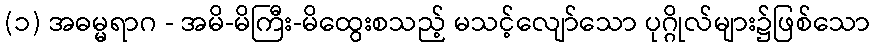
(၁) အဓမ္မရာဂ - အမိ-မိကြီး-မိထွေးစသည့် မသင့်လျော်သော ပုဂ္ဂိုလ်များ၌ဖြစ်သော